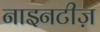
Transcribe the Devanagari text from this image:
नाइनटीज़